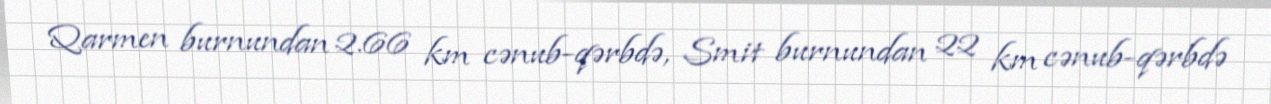
Qarmen burnundan 2.66 km cənub-qərbdə, Smit burnundan 22 km cənub-qərbdə